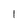
Character: 1